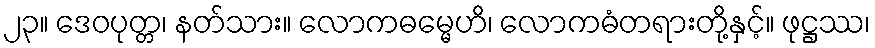
၂၃။ ဒေဝပုတ္တ၊ နတ်သား။ လောကဓမ္မေဟိ၊ လောကဓံတရားတို့နှင့်။ ဖုဋ္ဌဿ၊